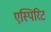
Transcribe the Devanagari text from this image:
एस्पिरिट